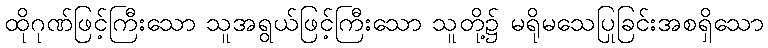
ထိုဂုဏ်ဖြင့်ကြီးသော သူအရွယ်ဖြင့်ကြီးသော သူတို့၌ မရိုမသေပြုခြင်းအစရှိသော